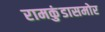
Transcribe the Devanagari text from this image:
रामकुंडासमोर